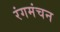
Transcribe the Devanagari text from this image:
रंगमंचन